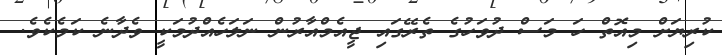
ކުރިޔަށް މިއޮތް ހަ މަސް ދުވަހުގެ ތެރޭގައި ޖީއެމްއާރުން ނަލަހެއްދުމަކީ ވެދާނެ ކަމެކެވެ.